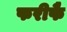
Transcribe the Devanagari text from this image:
फरीफै